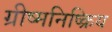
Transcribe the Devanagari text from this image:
ग्रीष्मनिष्क्रिय